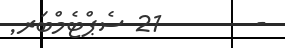
-        21 ސެޕްޓެމްބަރ